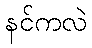
နင်ကလဲ